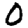
Digit: 0